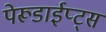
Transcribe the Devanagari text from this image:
पेरूडाईप्ट्स